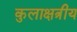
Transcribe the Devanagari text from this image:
कुलाक्षत्रीय